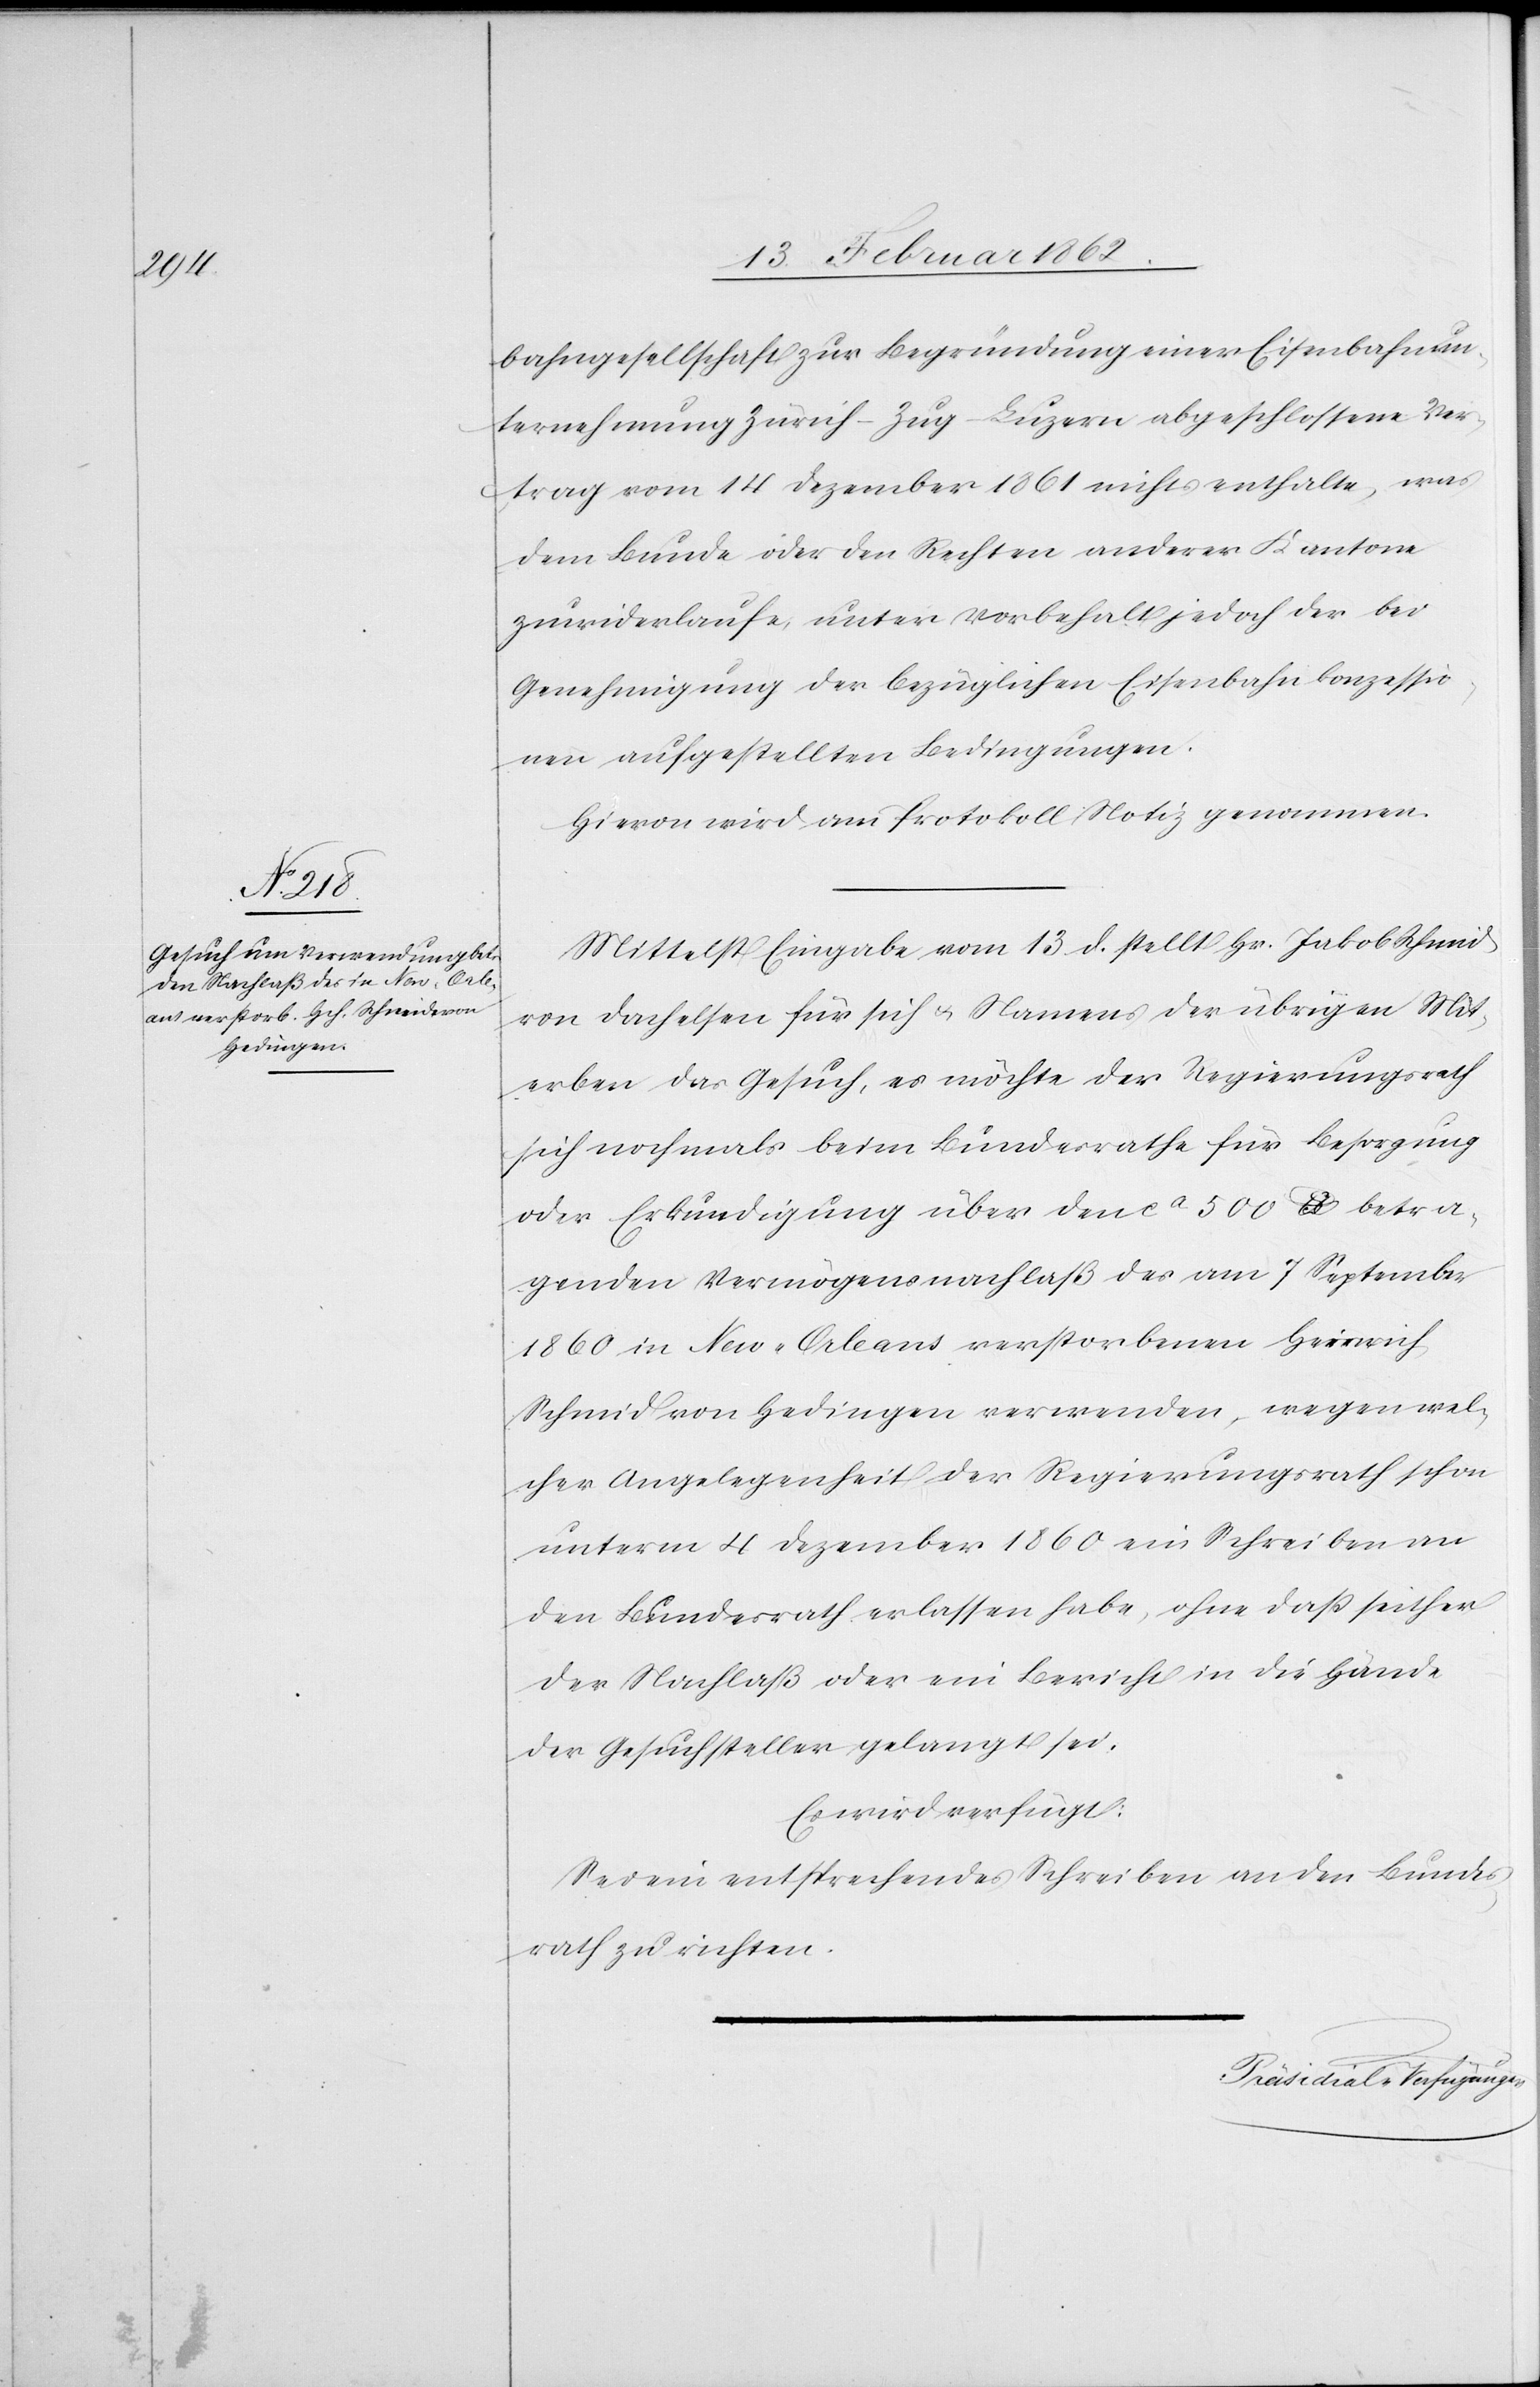
bahngesellschaft zur Begründung einer Eisenbahnun¬
ternehmung Zürich–Zug–Luzern abgeschlossene Ver¬
trag vom 14 Dezember 1861 nichts enthalte, was
dem Bunde oder den Rechten anderer Kantone
zuwiderlaufe, unter Vorbehalt der bei
Genehmigung der bezüglichen Eisenbahnkonzessio¬
n aufgestellten Bedingungen.
Hievon wird am Protokoll Notiz genommen.
Mittelst Eingabe vom 13. d. stellt Hr. Jakob Schmid
von Dachelsen für sich u. Namens der übrigen Mit¬
erben das Gesuch, es möchte der Regierungsrath
sich nochmals beim Bundesrathe für Besorgung
oder Erkundigung über den ca 500 [?] betra¬
genden Vermögensnachlaß des am 7 September
1860 in New-Orleans verstorbenen Heinrich
Schmid von Hedingen verwenden, wegen wel¬
cher Angelegenheit der Regierungsrath schon
unterm 4 Dezember 1860 ein Schreiben an
den Bundesrath erlassen habe, ohne daß seither
der Nachlaß oder ein Bericht in die Hände
der Gesuchsteller gelangt sei.
Es wird verfügt:
Sei ein entsprechendes Schreiben an den Bundes¬
rath zu richten.